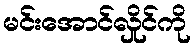
မင်းအောင်လှိုင်ကို